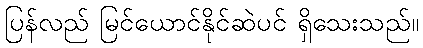
ပြန်လည် မြင်ယောင်နိုင်ဆဲပင် ရှိသေးသည်။